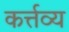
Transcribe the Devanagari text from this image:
कर्त्तव्‍य